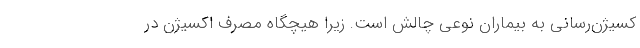
کسیژن‌رسانی به بیماران نوعی چالش است. زیرا هیچگاه مصرف اکسیژن در